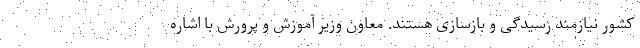
کشور نیازمند رسیدگی و بازسازی هستند. معاون وزیر آموزش و پرورش با اشاره